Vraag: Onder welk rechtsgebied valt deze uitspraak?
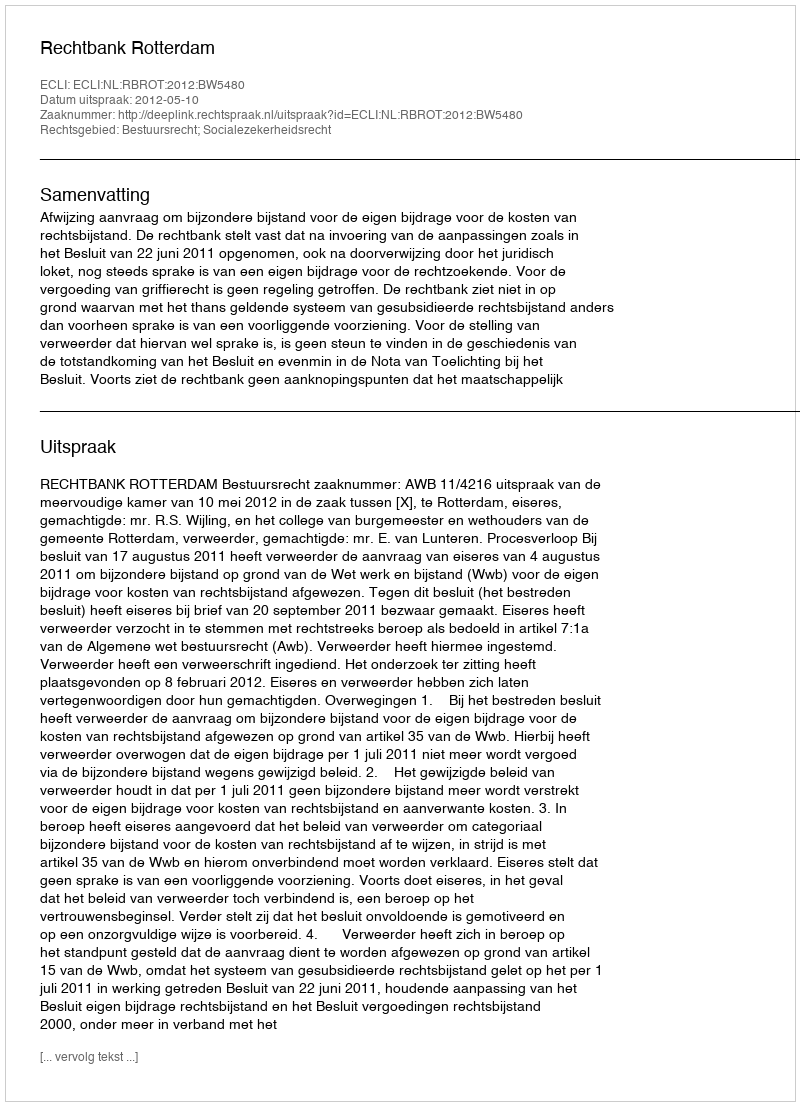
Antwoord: Bestuursrecht; Socialezekerheidsrecht